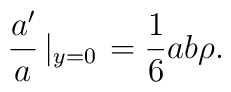
\frac{a'}{a}\left|_{y=0} \right. = \frac{1}{6}ab \rho.